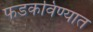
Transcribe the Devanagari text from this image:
फडकविण्यात